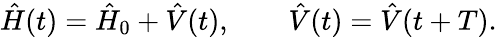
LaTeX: \hat{H}(t)=\hat{H}_{0}+\hat{V}(t),\qquad\hat{V}(t)=\hat{V}(t+T).